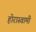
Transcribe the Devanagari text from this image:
होरास्वामीं